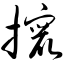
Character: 撺